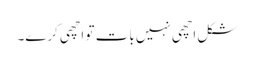
شکل اچھی نہیں بات تو اچھی کرے۔